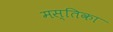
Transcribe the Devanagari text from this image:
मस्तिका